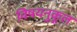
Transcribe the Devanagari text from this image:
विषयनुकूल